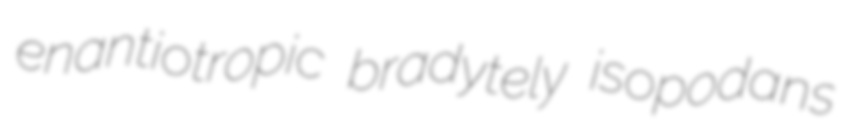
enantiotropic bradytely isopodans